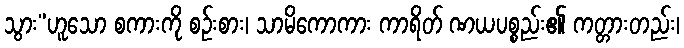
သွား”ဟူသော စကားကို စဉ်းစား၊ သာမိကောကား ကာရိတ် ဏယပစ္စည်း၏ ကတ္တားတည်း၊